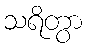
သရိတွာ